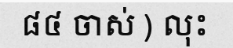
៨៤ ចាស់ ) លុះ